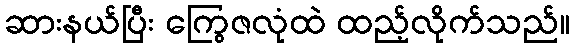
ဆားနယ်ပြီး ကြွေဇလုံထဲ ထည့်လိုက်သည်။